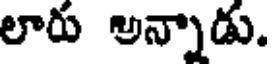
లారు అన్నాడు.